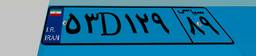
۶۱D۸۸۹۷۷